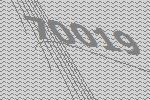
70019